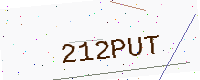
Text: 212PUT